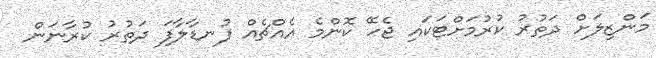
މަންޒިލަށް ދަތުރު ކުރުމަށްޓަކައި ޖެހޭ ކޮންމެ އެއްޗެއް ފުނޑާލާފަ ދަތުރު ކުރާނަން